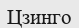
Цзинго